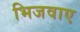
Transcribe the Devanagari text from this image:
भिजवाए